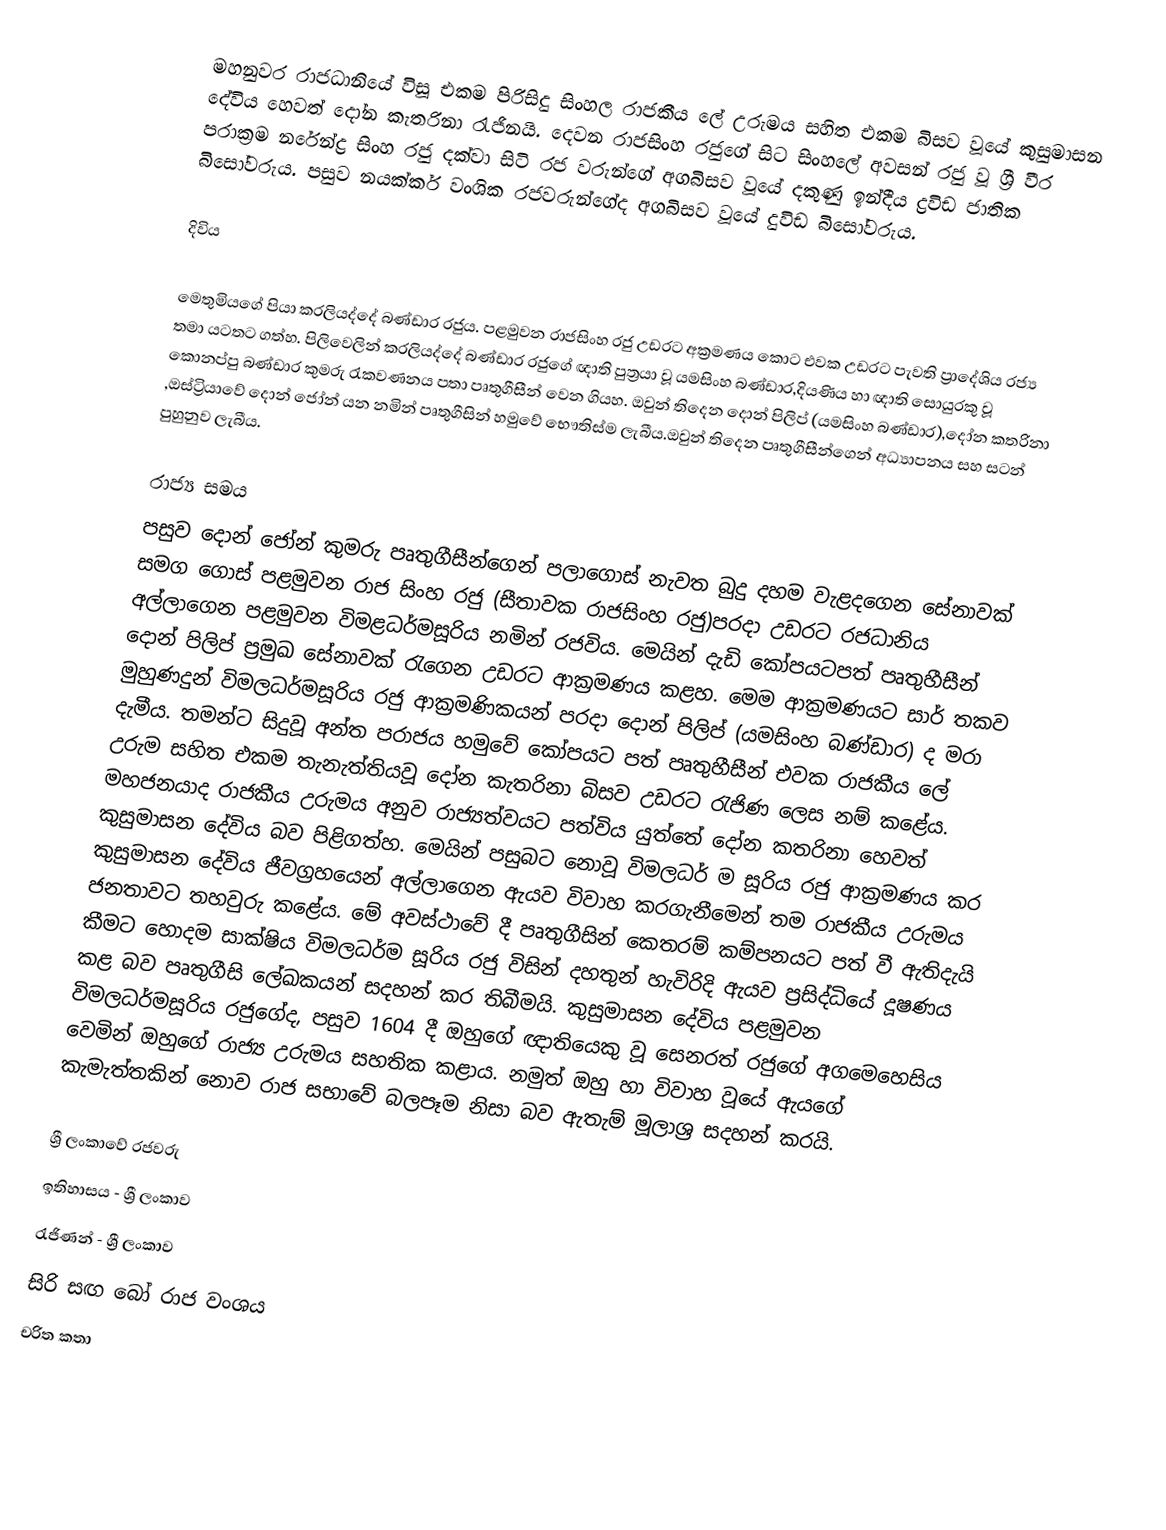
මහනුවර රාජධානියේ විසූ එකම පිරිසිදු සිංහල රාජකීය ලේ උරුමය සහිත එකම බිසව වූයේ කුසුමාසන දේවිය හෙවත් දෝන කැතරිනා රැජිනයි. දෙවන රාජසිංහ රජුගේ සිට සිංහලේ අවසන් රජු වූ ශ්‍රී වීර පරාක්‍රම නරේන්ද්‍ර සිංහ රජු දක්වා සිටි රජ වරුන්ගේ අගබිසව වූයේ දකුණු ඉන්දීය ද්‍රවිඩ ජාතික බිසෝවරුය. පසුව නයක්කර් වංශික රජවරුන්ගේද අගබිසව වූයේ දුවිඩ බිසෝවරුය.

දිවිය

මෙතුමියගේ පියා කරලියද්දේ බණ්ඩාර රජුය. පළමුවන රාජසිංහ රජු උඩරට අක්‍රමණය කොට එවක උඩරට පැවති ප්‍රාදේශිය රජ්‍ය තමා යටතට ගත්හ. පිලිවෙලින් කරලියද්දේ බණ්ඩාර රජුගේ ඥාති පුත්‍රයා වූ යමසිංහ බණ්ඩාර,දියණිය හා ඥාති සොයුරකු වූ කොනප්පු බණ්ඩාර කුමරු රැකවණනය පතා පෘතුගීසීන් වෙන ගියහ. ඔවුන් තිදෙන දොන් පිලිප් (යමසිංහ බණ්ඩාර),දෝන කතරිනා ,ඔස්ට්‍රියාවේ දොන් ජෝන් යන නමින් පෘතුගීසින් හමුවේ භෞතිස්ම ලැබීය.ඔවුන් තිදෙන පෘතුගීසීන්ගෙන් අධ්‍යාපනය සහ සටන් පුහුනුව ලැබීය.

රාජ්‍ය සමය
පසුව දොන් ජෝන් කුමරු පෘතුගීසීන්ගෙන් පලාගොස් නැවත බුදු දහම වැළදගෙන සේනාවක් සමග ගොස් පළමුවන රාජ සිංහ රජු (සීතාවක රාජසිංහ රජු)පරදා උඩරට රජධානිය අල්ලාගෙන පළමුවන විමළධර්මසූරිය නමින් රජවිය. මෙයින් දැඩි කෝපයටපත් පෘතුහීසීන් දොන් පිලිප් ප්‍රමුඛ සේනාවක් රැගෙන උඩරට ආක්‍රමණය කළහ. මෙම ආක්‍රමණයට සාර් තකව මුහුණදුන් විමලධර්මසූරිය රජු ආක්‍රමණිකයන් පරදා දොන් පිලිප් (යමසිංහ බණ්ඩාර) ද මරා දැමීය. තමන්ට සිදුවූ අන්ත පරාජය හමුවේ කෝපයට පත් පෘතුහීසීන් එවක රාජකීය ලේ උරුම සහිත එකම තැනැත්තියවූ දෝන කැතරිනා බිසව උඩරට රැජිණ ලෙස නම් කළේය. මහජනයාද රාජකීය උරුමය අනුව රාජ්‍යත්වයට පත්විය යුත්තේ දෝන කතරිනා හෙවත් කුසුමාසන දේවිය බව පිළිගත්හ. මෙයින් පසුබට නොවූ විමලධර් ම සූරිය රජු ආක්‍රමණය කර කුසුමාසන දේවිය ජීවග්‍රහයෙන් අල්ලාගෙන ඇයව විවාහ කරගැනීමෙන් තම රාජකීය උරුමය ජනතාවට තහවුරු කළේය. මේ අවස්ථාවේ දී පෘතුගීසින් කෙතරම් කම්පනයට පත් වී ඇතිදැයි කීමට හොදම සාක්ෂිය විමලධර්ම සූරිය රජු විසින් දහතුන් හැවිරිදි ඇයව ප්‍රසිද්ධියේ දූෂණය කළ බව පෘතුගීසි ලේඛකයන් සදහන් කර තිබීමයි. කුසුමාසන දේවිය පළමුවන විමලධර්මසූරිය රජුගේද, පසුව 1604 දී ඔහුගේ ඥාතියෙකු වූ සෙනරත් රජුගේ අගමෙහෙසිය වෙමින් ඔහුගේ රාජ්‍ය උරුමය සහතික කළාය. නමුත් ඔහු හා විවාහ වූයේ ඇයගේ කැමැත්තකින් නොව රාජ සභාවේ බලපෑම නිසා බව ඇතැම් මූලාශ්‍ර සදහන් කරයි.

ශ්‍රී ලංකාවේ රජවරු
ඉතිහාසය - ශ්‍රී ලංකාව
රැජිණන් - ශ්‍රී ලංකාව
සිරි සඟ බෝ රාජ වංශය
චරිත කතා